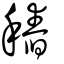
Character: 𥡟